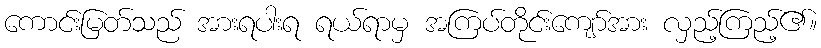
ကောင်းမြတ်သည် အားရပါးရ ရယ်ရာမှ အကြပ်တိုင်းကျော်အား လှည့်ကြည့်၏။